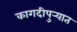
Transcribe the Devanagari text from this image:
कागदीपुर्‍यात